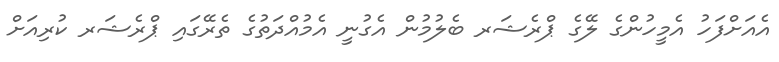
އެއަށްފަހު އެމީހުންގެ ލޭގެ ޕްރެޝަރ ބެލުމުން އެގުނީ އެމުއްދަތުގެ ތެރޭގައި ޕްރެޝަރ ކުރިއަށް